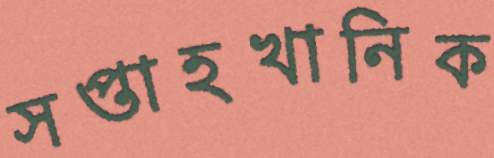
সপ্তাহখানিক